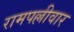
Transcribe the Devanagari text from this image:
रामपल्लीवार